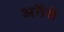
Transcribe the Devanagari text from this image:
अनैसे